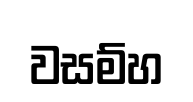
වසම්හ